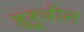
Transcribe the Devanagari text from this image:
ह्रूबीन